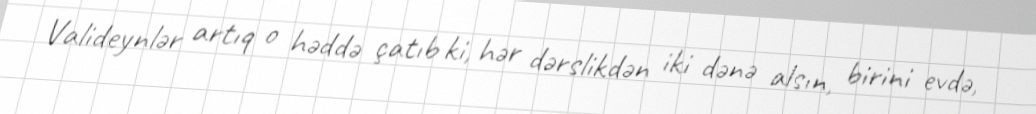
Valideynlər artıq o həddə çatıb ki, hər dərslikdən iki dənə alsın, birini evdə,